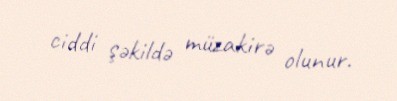
ciddi şəkildə müzakirə olunur.